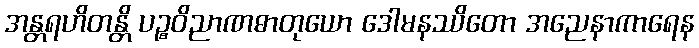
အန္တရဟိတန္တိ ပဉ္စဝိညာဏဓာတုယော ဒေါမနဿိတော အညေနာကာရေန